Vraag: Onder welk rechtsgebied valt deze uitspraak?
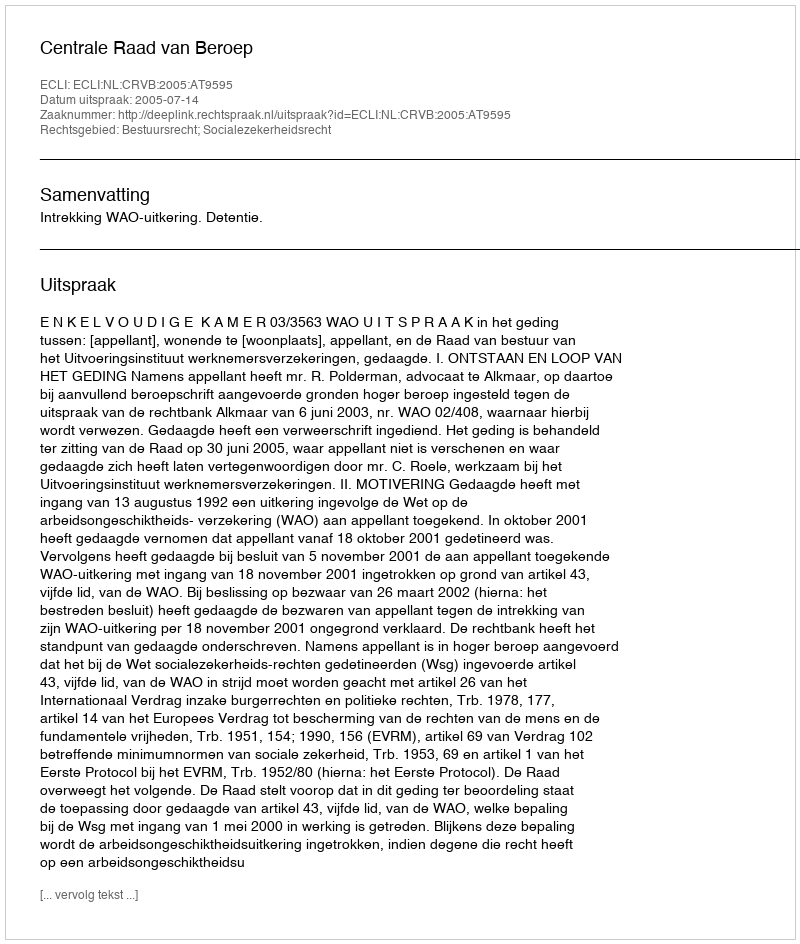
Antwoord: Bestuursrecht; Socialezekerheidsrecht